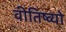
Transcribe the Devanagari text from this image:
वीतिष्व्यो